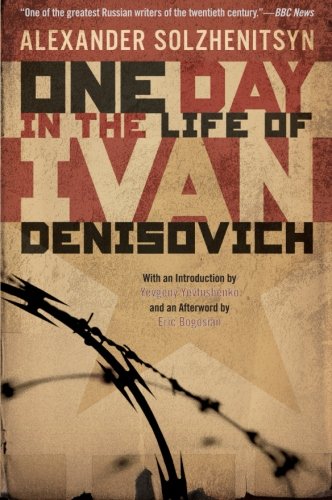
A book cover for One Day in the Life of Ivan Denisovich; Alexander Solzhenitsyn; Literature & Fiction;